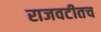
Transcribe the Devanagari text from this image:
राजवटीतच